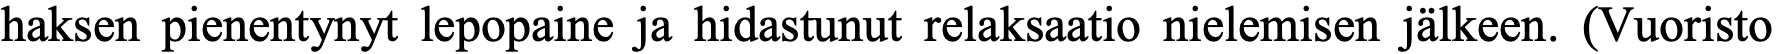
haksen pienentynyt lepopaine ja hidastunut relaksaatio nielemisen jälkeen. (Vuoristo